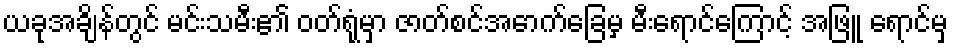
ယခုအချိန်တွင် မင်းသမီး၏ ဝတ်ရုံမှာ ဇာတ်စင်အောက်ခြေမှ မီးရောင်ကြောင့် အဖြူ ရောင်မှ